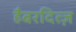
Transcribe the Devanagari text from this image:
हैबरदित्ज़